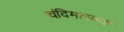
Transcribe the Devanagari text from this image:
चंदिमलकडे